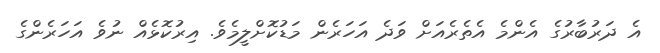
އެ ދަރުބާރުގެ އެންމެ އެތެރެއަށް ވަދެ އަހަރެން މަޑުކޮށްލީމެވެ. އިރުކޮޅެއް ނުވެ އަހަރެންގެ